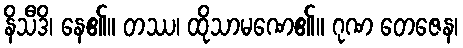
နိသီဒိ၊ နေ၏။ တဿ၊ ထိုသာမဏေ၏။ ဂုဏ တေဇေန၊